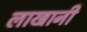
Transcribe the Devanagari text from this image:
लाखानी